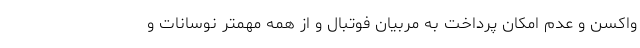
واکسن و عدم امکان پرداخت به مربیان فوتبال و از همه مهمتر نوسانات و